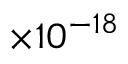
\times 1 0 ^ { - 1 8 }